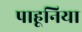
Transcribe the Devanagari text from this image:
पाहूनिया